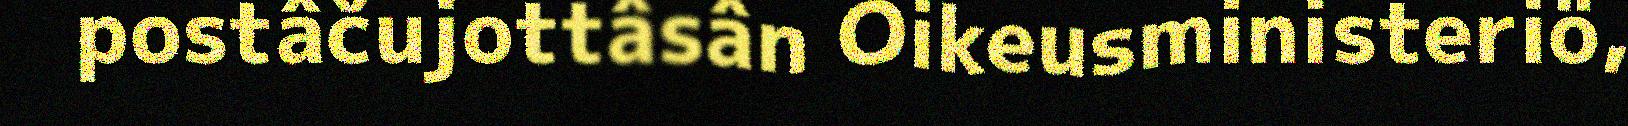
postâčujottâsân Oikeusministeriö,